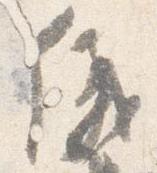
儀